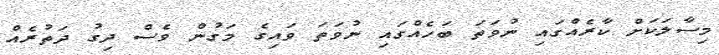
މިސާލަކަށް ކާރެއްގައި ނުވަތަ ބަހެއްގައި ނުވަތަ ވައިގެ މަގުން ވެސް ދިގު ދަތުރެއް